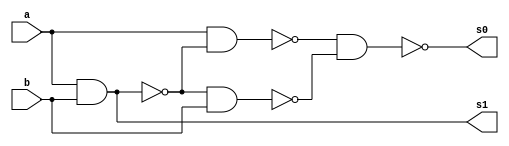
// ---------------------
// Guia 04_01 - Meia Soma NAND
// Nome: Marley Ribeiro
// ---------------------

// ---------------------
// -- meia soma
// ---------------------

module meiasoma (s0, s1, a, b);
 output s0, s1;
 input  a, b;
 wire s2,s3,s4,s5;
 
 nand nandgate1 (s2, a, b);
 nand nandgate2 (s1, s2, s2);
 nand nandgate3 (s3, a, b);
 nand nandgate4 (s4, a, s3);
 nand nandgate5 (s5, s3, b);
 nand nandgate6 (s0, s4, s5);

endmodule // meia soma

// --------------------------
// -- test meia soma nand
// --------------------------

module testmeiasoma;
 reg   a, b;             
 wire  s0, s1;
          // instancia
 meiasoma MEIASOMA1 (s0, s1, a, b);

 initial begin:start
      a=0; b=0;
 end

          // parte principal
 initial begin:main
      $display("Guia 04_01 - Marley Ribeiro - 414510");
      $display("Test Meia Soma NAND gate");
      $display("\n a & b = s0 s1\n");
      $monitor(" %b & %b = %b %b", a, b, s0, s1);
  #1  a=0; b=1; 
  #1  a=1; b=0; 
  #1  a=1; b=1; 
  
 end

endmodule // testmeiasoma